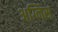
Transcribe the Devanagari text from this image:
अग्निस